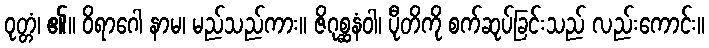
ဝုတ္တံ၊ ၏။ ဝိရာဂေါ နာမ၊ မည်သည်ကား။ ဇိဂုစ္ဆနံဝါ၊ ပီုတိကို စက်ဆုပ်ခြင်းသည် လည်းကောင်း။